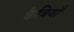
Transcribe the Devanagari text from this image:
कैचियाँ